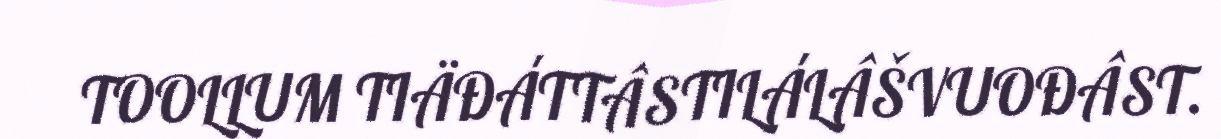
TOOLLUM TIÄĐÁTTÂSTILÁLÂŠVUOĐÂST.